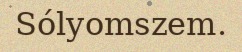
Sólyomszem.